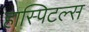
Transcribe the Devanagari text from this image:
हास्पिटल्स